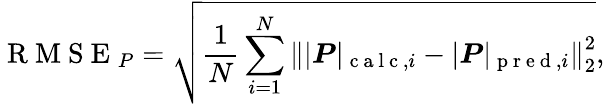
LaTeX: \mathrm{~R~M~S~E~}_{P}=\sqrt{\frac{1}{N}\sum_{i=1}^{N}\left\| |\boldsymbol{P}|_{\mathrm{~c~a~l~c~},i}-|\boldsymbol{P}|_{\mathrm{~p~r~e~d~},i}\right\| _{2}^{2}},